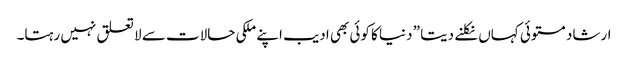
ارشاد مستوئی کہاں نکلنے دیتا ” دنیا کا کوئی بھی ادیب اپنے ملکی حالات سے لا تعلق نہیں رہتا۔